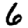
Digit: 6